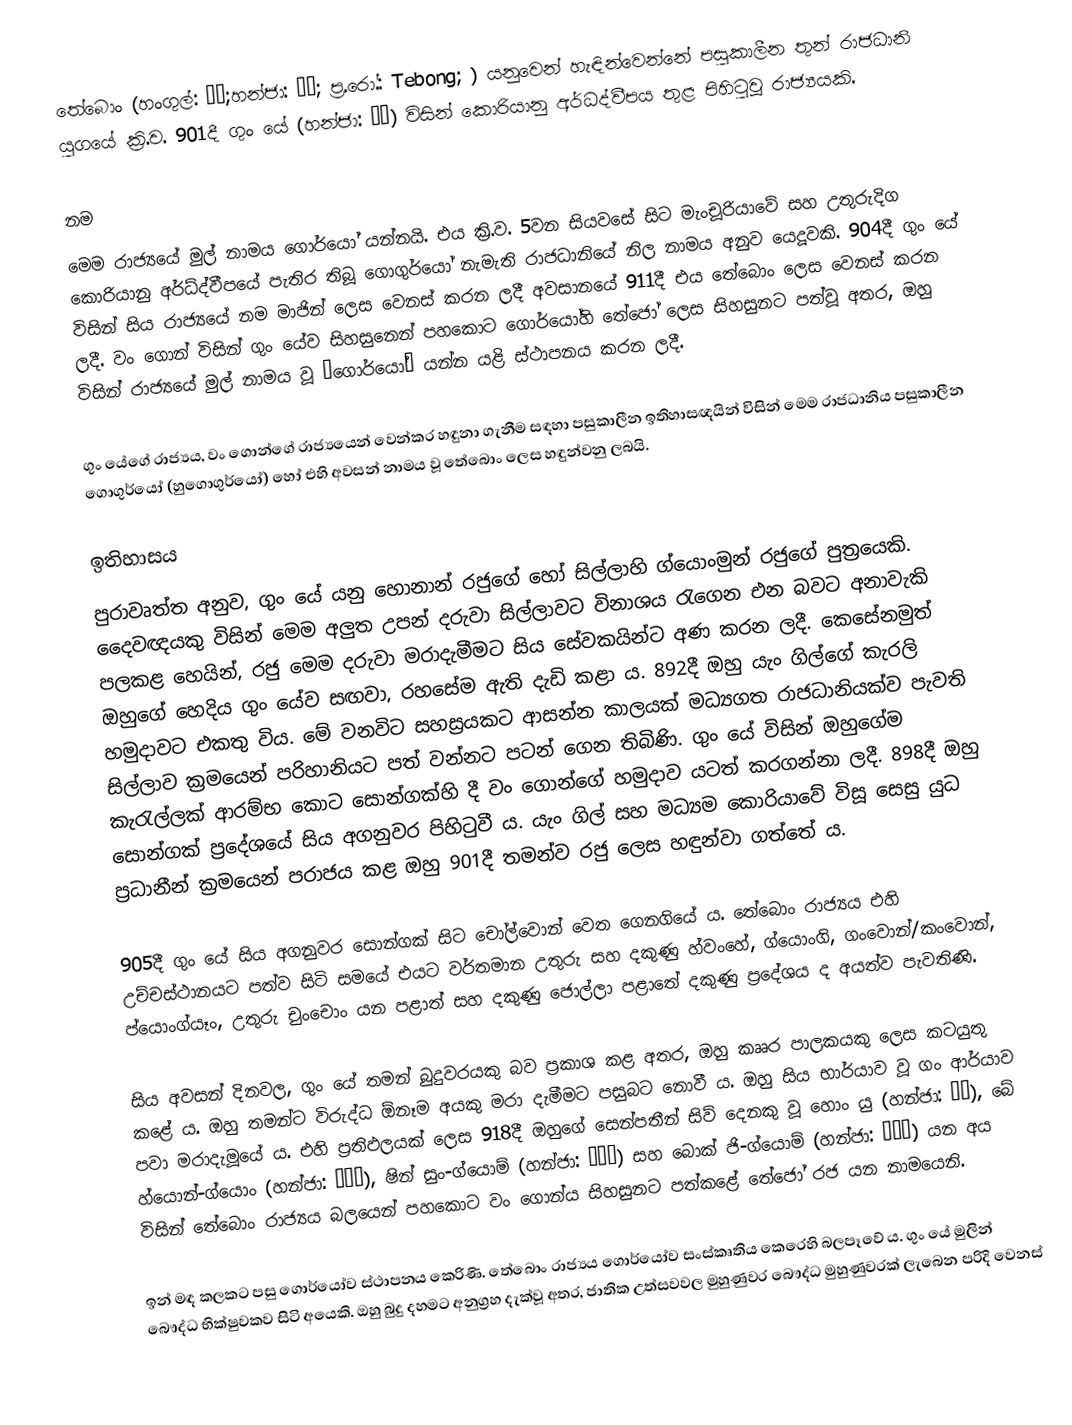
තේබොං (හංගුල්: 태봉;හන්ජා: 泰封; ප්‍ර.රෝ.: Tebong; ) යනුවෙන් හැඳින්වෙන්නේ පසුකාලීන තුන් රාජධානි යුගයේ ක්‍රි.ව. 901දී ගුං යේ (හන්ජා: 弓裔) විසින් කොරියානු අර්ධද්වීපය තුළ පිහිටුවූ රාජ්‍යයකි.

නම
මෙම රාජ්‍යයේ මුල් නාමය ගොර්යෝ යන්නයි. එය ක්‍රි.ව. 5වන සියවසේ සිට මැංචූරියාවේ සහ උතුරුදිග කොරියානු අර්ධ්ද්වීපයේ පැතිර තිබූ ගොගුර්යෝ නැමැති රාජධානියේ නිල නාමය අනුව යෙදූවකි. 904දී ගුං යේ විසින් සිය රාජ්‍යයේ නම මාජින් ලෙස වෙනස් කරන ලදී අවසානයේ 911දී එය තේබොං ලෙස වෙනස් කරන ලදී. වං ගොන් විසින් ගුං යේව සිහසුනෙන් පහකොට ගොර්යෝහි තේජෝ ලෙස සිහසුනට පත්වූ අතර, ඔහු විසින් රාජ්‍යයේ මුල් නාමය වූ “ගොර්යෝ” යන්න යළි ස්ථාපනය කරන ලදී.

ගුං යේගේ රාජ්‍යය, වං ගොන්ගේ රාජ්‍යයෙන් වෙන්කර හඳුනා ගැනීම සඳහා පසුකාලීන ඉතිහාසඥයින් විසින් මෙම රාජධානිය පසුකාලීන ගොගුර්යෝ (හුගොගුර්යෝ) හෝ එහි අවසන් නාමය වූ තේබොං ලෙස හඳුන්වනු ලබයි.

ඉතිහාසය
පුරාවෘත්ත අනුව, ගුං යේ යනු හොනාන් රජුගේ හෝ සිල්ලාහි ග්යොංමුන් රජුගේ පුත්‍රයෙකි. දෛවඥයකු විසින් මෙම අලුත උපන් දරුවා සිල්ලාවට විනාශය රැගෙන එන බවට අනාවැකි පලකළ හෙයින්, රජු මෙම දරුවා මරාදැමීමට සිය සේවකයින්ට අණ කරන ලදී. කෙසේනමුත් ඔහුගේ හෙදිය ගුං යේව සඟවා, රහසේම ඇති දැඩි කළා ය. 892දී ඔහු යැං ගිල්ගේ කැරලි හමුදාවට එකතු විය. මේ වනවිට සහස්‍රයකට ආසන්න කාලයක් මධ්‍යගත රාජධානියක්ව පැවති සිල්ලාව ක්‍රමයෙන් පරිහානියට පත් වන්නට පටන් ගෙන තිබිණි. ගුං යේ විසින් ඔහුගේම කැරැල්ලක් ආරම්භ කොට සොන්ගක්හි දී වං ගොන්ගේ හමුදාව යටත් කරගන්නා ලදී. 898දී ඔහු සොන්ගක් ප්‍රදේශයේ සිය අගනුවර පිහිටුවී ය. යැං ගිල් සහ මධ්‍යම කොරියාවේ විසූ සෙසු යුධ ප්‍රධානීන් ක්‍රමයෙන් පරාජය කළ ඔහු 901දී තමන්ව රජු ලෙස හඳුන්වා ගත්තේ ය.

905දී ගුං යේ සිය අගනුවර සොන්ගක් සිට චෝල්වොන් වෙත ගෙනගියේ ය. තේබොං රාජ්‍යය එහි උච්චස්ථානයට පත්ව සිටි සමයේ එයට වර්තමාන උතුරු සහ දකුණු හ්වංහේ, ග්යොංගි, ගංවොන්/කංවොන්, ප්යොංග්යෑං, උතුරු චුංචොං යන පළාත් සහ දකුණු ජොල්ලා පළාතේ දකුණු ප්‍රදේශය ද අයත්ව පැවතිණි.

සිය අවසන් දිනවල, ගුං යේ තමන් බුදුවරයකු බව ප්‍රකාශ කළ අතර, ඔහු කෲර පාලකයකු ලෙස කටයුතු කළේ ය. ඔහු තමන්ට විරුද්ධ ඕනෑම අයකු මරා දැමීමට පසුබට නොවී ය. ඔහු සිය භාර්යාව වූ ගං ආර්යාව පවා මරාදැමූයේ ය. එහි ප්‍රතිඵලයක් ලෙස 918දී ඔහුගේ සෙන්පතීන් සිව් දෙනකු වූ හොං යු (හන්ජා: 洪儒), බේ හ්යොන්-ග්යොං (හන්ජා: 裵玄慶), ෂින් සුං-ග්යොම් (හන්ජා: 申崇謙) සහ බොක් ජි-ග්යොම් (හන්ජා: 卜智謙) යන අය විසින් තේබොං රාජ්‍යය බලයෙන් පහකොට වං ගොන්ය සිහසුනට පත්කළේ තේජෝ රජ යන නාමයෙනි.

ඉන් මඳ කලකට පසු ගොර්යෝව ස්ථාපනය කෙරිණි. තේබොං රාජ්‍යය ගොර්යෝව සංස්කෘතිය කෙරෙහි බලපෑවේ ය. ගුං යේ මුලින් බෞද්ධ භික්ෂුවකව සිටි අයෙකි. ඔහු බුදු දහමට අනුග්‍රහ දැක්වූ අතර, ජාතික උත්සවවල මුහුණුවර බෞද්ධ මුහුණුවරක් ලැබෙන පරිදි වෙනස්